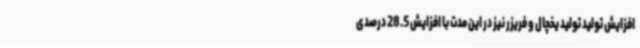
افزایش تولید تولید یخچال و فریزر نیز در این مدت با افزایش 28.5 درصدی